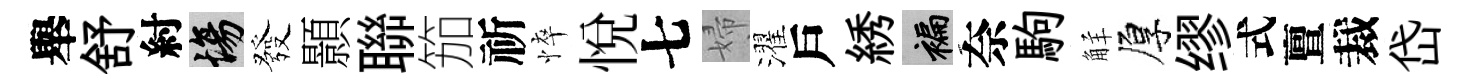
舉舒紂場發顥聯笳祈悴悦七婦濯戶綉褊奈駒觧厚缪式亶裁岱